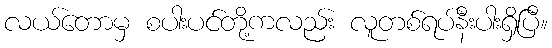
လယ်တောမှ စပါးပင်တို့ကလည်း လူတစ်ရပ်နီးပါးရှိပြီ။